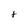
Character: t